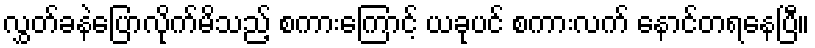
လွှတ်ခနဲပြောလိုက်မိသည့် စကားကြောင့် ယခုပင် စကားလက် နောင်တရနေပြီ။